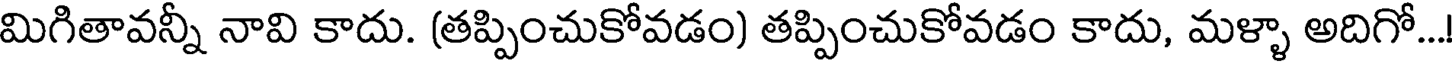
మిగితావన్నీ నావి కాదు. (తప్పించుకోవడం) తప్పించుకోవడం కాదు, మళ్ళా అదిగో...